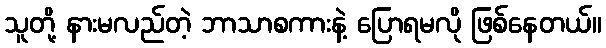
သူတို့ နားမလည်တဲ့ ဘာသာစကားနဲ့ ပြောရမလို ဖြစ်နေတယ်။